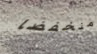
منخفضا